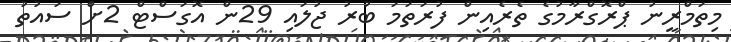
މިތަމްރީނު ޕްރޮގްރާމުގެ ތެރެއިން ފުރަތަމަ ބުރު ޖުލައި 29ން އޮގަސްޓް 2ށް ސައުތު